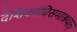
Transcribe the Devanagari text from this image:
दैशिकांघ्रिसमाश्रयात्